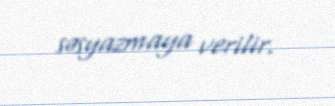
səsyazmaya verilir.